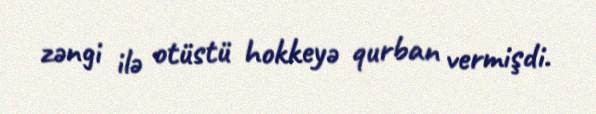
zəngi ilə otüstü hokkeyə qurban vermişdi.